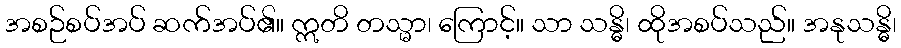
အစဉ်စပ်အပ် ဆက်အပ်၏။ ဣတိ တသ္မာ၊ ကြောင့်။ သာ သန္ဓိ၊ ထိုအစပ်သည်။ အနုသန္ဓိ၊